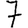
Digit: 7